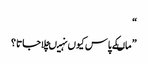
“
” ماںکے پاس کیوں نہیںچلاجاتا ؟